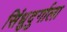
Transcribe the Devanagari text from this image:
सिंधुदुर्गाला